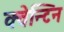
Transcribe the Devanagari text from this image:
क्वेन्टिन